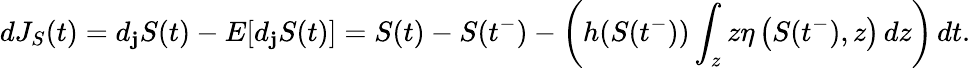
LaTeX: dJ_{S}(t)=d_{\mathbf{j}}S(t)-E[d_{\mathbf{j}}S(t)]=S(t)-S(t^{-})-\left(h(S(t^{-}))\int_{z}z\eta\left(S(t^{-}),z\right)\, dz\right)\, dt.